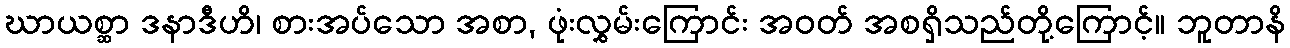
ဃာယစ္ဆာ ဒနာဒီဟိ၊ စားအပ်သော အစာ, ဖုံးလွှမ်းကြောင်း အဝတ် အစရှိသည်တို့ကြောင့်။ ဘူတာနိ